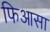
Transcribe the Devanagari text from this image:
फिआसा